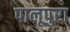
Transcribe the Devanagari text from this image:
पालूपुरा